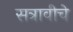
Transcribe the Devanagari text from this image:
सत्रावीचे